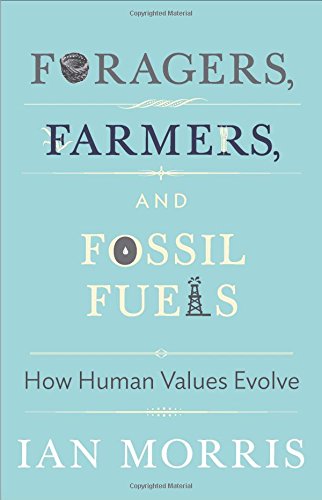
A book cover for Foragers, Farmers, and Fossil Fuels: How Human Values Evolve (The University Center for Human Values Series); Ian Morris; Science & Math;